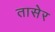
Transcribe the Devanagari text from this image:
तासेर